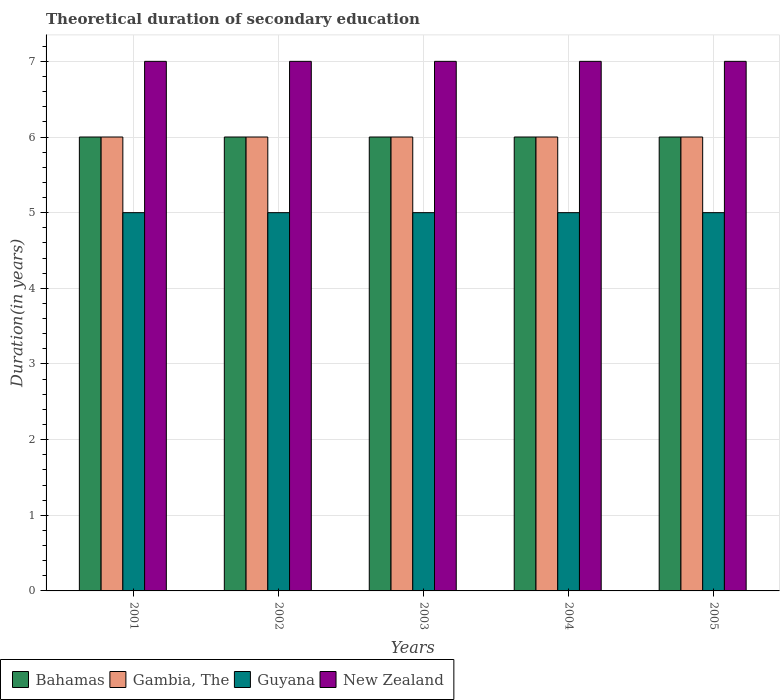
| Years | Bahamas | Gambia, The | Guyana | New Zealand |
 | --- | --- | --- | --- | --- |
 | 2001 | 6 | 6 | 5 | 7 |
 | 2002 | 6 | 6 | 5 | 7 |
 | 2003 | 6 | 6 | 5 | 7 |
 | 2004 | 6 | 6 | 5 | 7 |
 | 2005 | 6 | 6 | 5 | 7 |